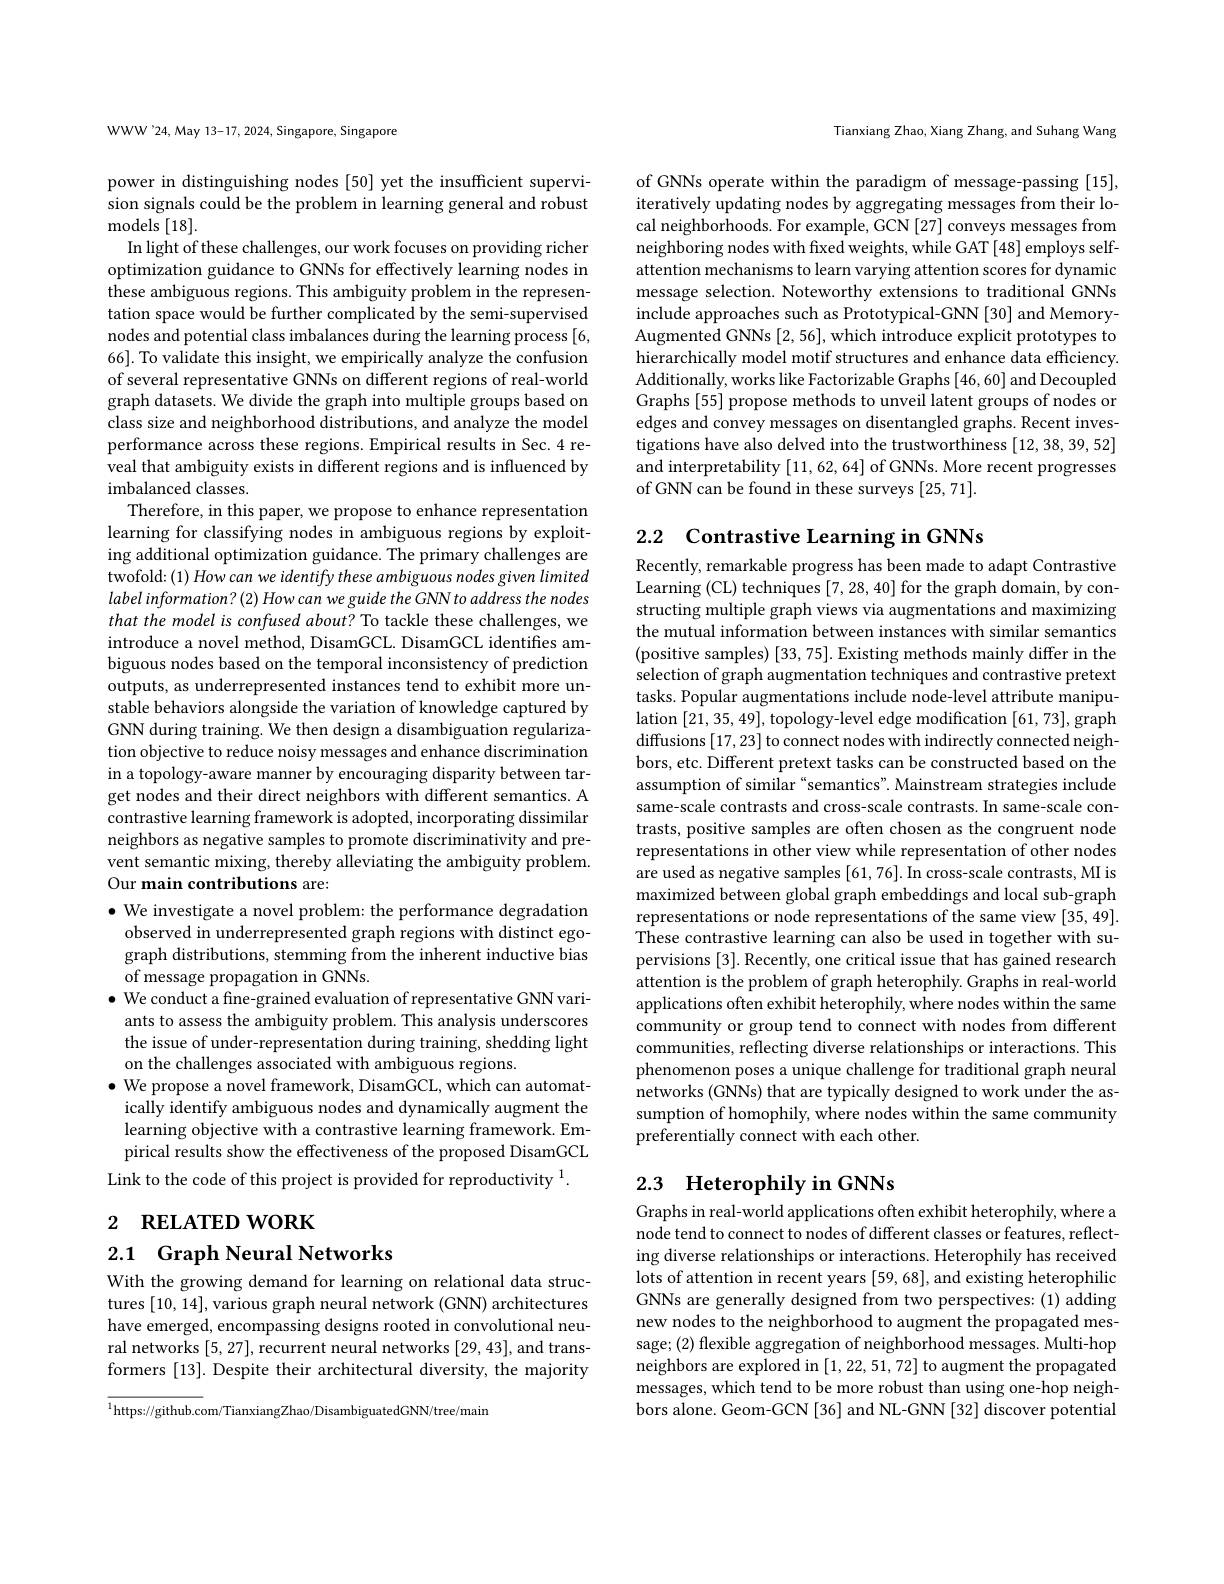
WWW'24, May 13-17, 2024, Singapore, Singapore

power in distinguishing nodes [50] yet the insufficient supervision signals could be the problem in learning general and robust### ${\mathrm{models}}[18].$

In light of these challenges, our work focuses on providing richer optimization guidance to GNNs for effectively learning nodes in these ambiguous regions. This ambiguity problem in the representation space would be further complicated by the semi-supervised nodes and potential class imbalances during the learning process [6, 66]. To validate this insight, we empirically analyze the confusion of several representative GNNs on different regions of real-world graph datasets. We divide the graph into multiple groups based on class size and neighborhood distributions, and analyze the model performance across these regions. Empirical results in Sec.4 reveal that ambiguity exists in different regions and is influenced by imbalanced classes.
Therefore, in this paper, we propose to enhance representation learning for classifying nodes in ambiguous regions by exploiting additional optimization guidance. The primary challenges are twofold:(1) How can we identify these ambiguous nodes given limited label information? (2) How can we guide the GNN to address the nodes that the model is confused about? To tackle these challenges, we introduce a novel method, DisamGCL. DisamGCL identifies ambiguous nodes based on the temporal inconsistency of prediction outputs, as underrepresented instances tend to exhibit more unstable behaviors alongside the variation of knowledge captured by GNN during training. We then design a disambiguation regularization objective to reduce noisy messages and enhance discrimination in a topology-aware manner by encouraging disparity between target nodes and their direct neighbors with different semantics. A contrastive learning framework is adopted, incorporating dissimilar neighbors as negative samples to promote discriminativity and prevent semantic mixing, thereby alleviating the ambiguity problem. Our main contributions are:

$\bullet$ We investigate a novel problem: the performance degradation observed in underrepresented graph regions with distinct egograph distributions, stemming from the inherent inductive bias of message propagation in GNNs.
$\bullet$ We conduct a fine-grained evaluation of representative GNN variants to assess the ambiguity problem. This analysis underscores the issue of under-representation during training, shedding light on the challenges associated with ambiguous regions.
$\bullet$ We propose a novel framework, DisamGCL, which can automatically identify ambiguous nodes and dynamically augment the learning objective with a contrastive learning framework. Empirical results show the effectiveness of the proposed DisamGCL
Link to the code of this project is provided for reproductivity $^{1}.$

# 2 RELATED WORK

2.1 Graph Neural Networks

With the growing demand for learning on relational data structures [10,14],various graph neural network (GNN) architectures have emerged, encompassing designs rooted in convolutional neural networks [5,27], recurrent neural networks [29,43], and transformers [13]. Despite their architectural diversity, the majority

$^{1}$https://github.com/TianxiangZhao/DisambiguatedGNN/tree/maim

Tianxiang Zhao, Xiang Zhang, and Suhang Wang

of GNNs operate within the paradigm of message-passing [15], iteratively updating nodes by aggregating messages from their local neighborhoods. For example, GCN [27] conveys messages from neighboring nodes with fixed weights, while GAT [48] employs selfattention mechanisms to learn varying attention scores for dynamic message selection. Noteworthy extensions to traditional GNNs include approaches such as Prototypical-GNN [30] and MemoryAugmented GNNs [2, 56], which introduce explicit prototypes to hierarchically model motif structures and enhance data efficiency. Additionally, works like Factorizable Graphs [46,60] and Decoupled Graphs [55] propose methods to unveil latent groups of nodes or edges and convey messages on disentangled graphs. Recent investigations have also delved into the trustworthiness [12,38,39,52] and interpretability [11,62,64] of GNNs. More recent progresses of GNN can be found in these surveys [25,71].

2.2 Contrastive Learning in GNNs

Recently, remarkable progress has been made to adapt Contrastive Learning (CL) techniques [7,28,40] for the graph domain, by constructing multiple graph views via augmentations and maximizing the mutual information between instances with similar semantics (positive samples) [33, 75]. Existing methods mainly differ in the selection of graph augmentation techniques and contrastive pretext tasks. Popular augmentations include node-level attribute manipulation [21,35,49], topology-level edge modification [61,73], graph diffusions [17,23] to connect nodes with indirectly connected neighbors, etc. Different pretext tasks can be constructed based on the assumption of similar "semantics". Mainstream strategies include same-scale contrasts and cross-scale contrasts. In same-scale contrasts, positive samples are often chosen as the congruent node representations in other view while representation of other nodes are used as negative samples [61,76]. In cross-scale contrasts, MI is maximized between global graph embeddings and local sub-graph representations or node representations of the same view [35,49]. These contrastive learning can also be used in together with supervisions [3]. Recently, one critical issue that has gained research attention is the problem of graph heterophily. Graphs in real-world applications often exhibit heterophily, where nodes within the same community or group tend to connect with nodes from different communities, reflecting diverse relationships or interactions. This phenomenon poses a unique challenge for traditional graph neural networks (GNNs) that are typically designed to work under the assumption of homophily, where nodes within the same community preferentially connect with each other.

## 2.3 Heterophily in GNNs

Graphs in real-world applications often exhibit heterophily, where a node tend to connect to nodes of different classes or features, reflecting diverse relationships or interactions. Heterophily has received lots of attention in recent years [59,68], and existing heterophilic GNNs are generally designed from two perspectives: (1) adding new nodes to the neighborhood to augment the propagated message; (2) flexible aggregation of neighborhood messages. Multi-hop neighbors are explored in [1,22,51,72] to augment the propagated messages, which tend to be more robust than using one-hop neighbors alone. Geom-GCN [36] and NL-GNN [32] discover potential